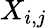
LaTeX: X_{i,j}